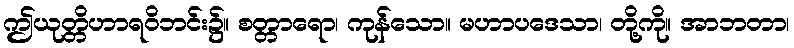
ဤယုတ္တိဟာရဝိဘင်း၌။ စတ္တာရော၊ ကုန်သော။ မဟာပဒေသာ၊ တို့ကို။ အာဘတာ၊